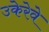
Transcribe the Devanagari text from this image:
उकेरेवे